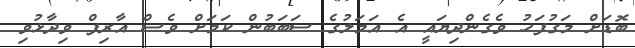
ބޮޑަށް މަގުފަހު ވެގެންދިޔައީ އެ އަމަލުގެ ސަބަބުން ކަމަށް ވެސް އާރިފް ވިދާޅުވި